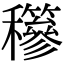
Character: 𥤇